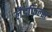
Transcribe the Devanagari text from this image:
लैंडफिल्स